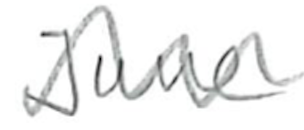
Text: June
Cross-out: zig-zag
Writing tool: pencil